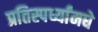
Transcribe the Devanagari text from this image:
प्रतिस्पर्ध्यांमधे